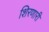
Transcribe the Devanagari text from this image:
शिरणारी